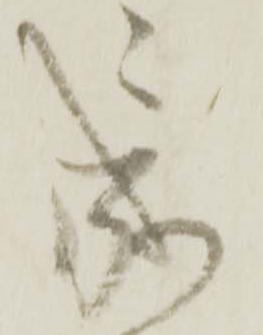
成